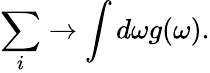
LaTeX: \sum_{i}\rightarrow\int d\omega g(\omega).